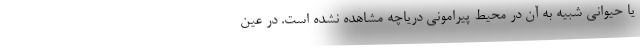
یا حیوانی شبیه به آن در محیط پیرامونی دریاچه مشاهده نشده است. در عین